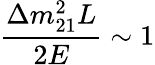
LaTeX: \frac{\Delta{m}_{21}^{2}L}{2E}\sim 1